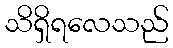
သိရှိရလေသည်